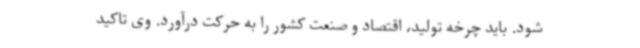
شود. باید چرخه تولید، اقتصاد و صنعت کشور را به حرکت درآورد. وی تاکید